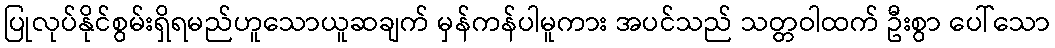
ပြုလုပ်နိုင်စွမ်းရှိရမည်ဟူသောယူဆချက် မှန်ကန်ပါမူကား အပင်သည် သတ္တဝါထက် ဦးစွာ ပေါ်သော